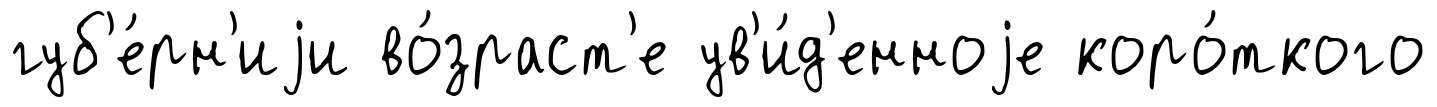
губ'е́рн'иjи во́зраст'е ув'и́д'енноjе коро́ткого